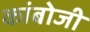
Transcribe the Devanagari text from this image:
कांबोजी